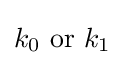
k_{0}{\text{ or }}k_{1}